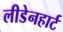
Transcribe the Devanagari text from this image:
लीडेनहार्ट